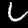
Digit: 6